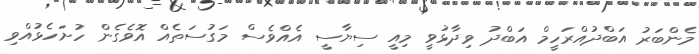
މެންބަރު އަބްދުއްރަހީމް އަބްދު ވިދާޅުވީ މިއީ ސިޔާސީ އެއްވެސް މަގުސަތެއް އޮވެގެން ހުށަހެޅުއްވި